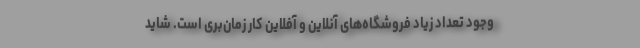
وجود تعداد زیاد فروشگاه‌های آنلاین و آفلاین کار زمان‌بری است. شاید